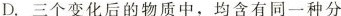
D.三个变化后的物质中，均含有同一种分